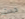
حدث